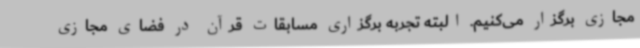
مجازی برگزار می‌کنیم. البته تجربه برگزاری مسابقات قرآن در فضای مجازی